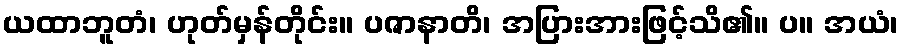
ယထာဘူတံ၊ ဟုတ်မှန်တိုင်း။ ပဇာနာတိ၊ အပြားအားဖြင့်သိ၏။ ပ။ အယံ၊